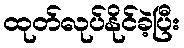
ထုတ်လုပ်နိုင်ခဲ့ပြီး